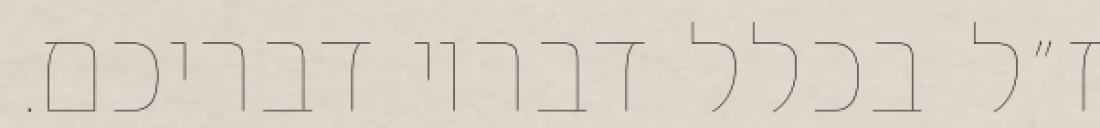
ז״ל בכלל דבריו דבריכם.